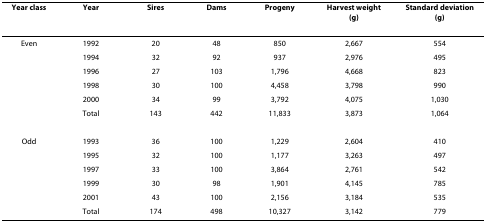
| Year class | Year | Sires | Dams | Progeny | Harvest weight(g) | Standard deviation(g) |
 | --- | --- | --- | --- | --- | --- | --- |
 | Even | 1992 | 20 | 48 | 850 | 2,667 | 554 |
 |  | 1994 | 32 | 92 | 937 | 2,976 | 495 |
 |  | 1996 | 27 | 103 | 1,796 | 4,668 | 823 |
 |  | 1998 | 30 | 100 | 4,458 | 3,798 | 990 |
 |  | 2000 | 34 | 99 | 3,792 | 4,075 | 1,030 |
 |  | Total | 143 | 442 | 11,833 | 3,873 | 1,064 |
 | Odd | 1993 | 36 | 100 | 1,229 | 2,604 | 410 |
 |  | 1995 | 32 | 100 | 1,177 | 3,263 | 497 |
 |  | 1997 | 33 | 100 | 3,864 | 2,761 | 542 |
 |  | 1999 | 30 | 98 | 1,901 | 4,145 | 785 |
 |  | 2001 | 43 | 100 | 2,156 | 3,184 | 535 |
 |  | Total | 174 | 498 | 10,327 | 3,142 | 779 |